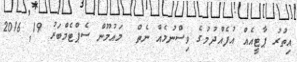
އިތުރު ޕާޓީއެއް އުފެއްދުމުގެ ވިސްނުމެއް ނެތް  މައުމޫން ސެޕްޓެމްބަރު 19